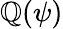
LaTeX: \mathbb{Q}(\psi)